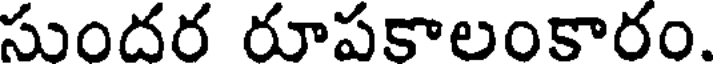
సుందర రూపకాలంకారం.